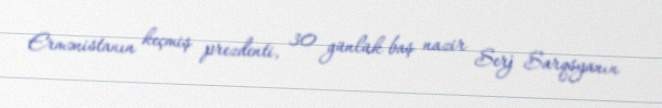
Ermənistanın keçmiş prezdenti, 30 günlük baş nazir Serj Sarqsyanın